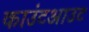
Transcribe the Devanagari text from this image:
काउंटआउट